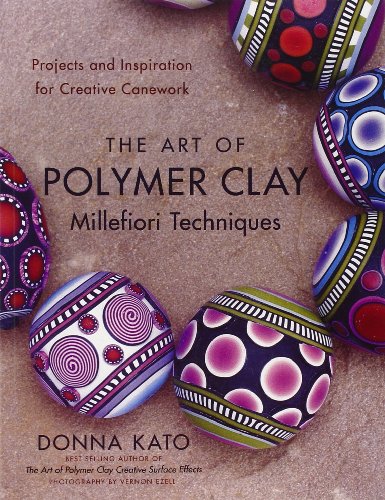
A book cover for The Art of Polymer Clay Millefiori Techniques: Projects and Inspiration for Creative Canework; Donna Kato; Crafts, Hobbies & Home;